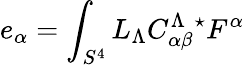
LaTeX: e_{\alpha}=\int_{S^{4}}L_{\Lambda}C_{\alpha\beta}^{\Lambda\ \ \star}F^{\alpha}